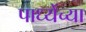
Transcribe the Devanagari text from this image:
पाध्येंच्या